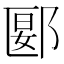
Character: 郾